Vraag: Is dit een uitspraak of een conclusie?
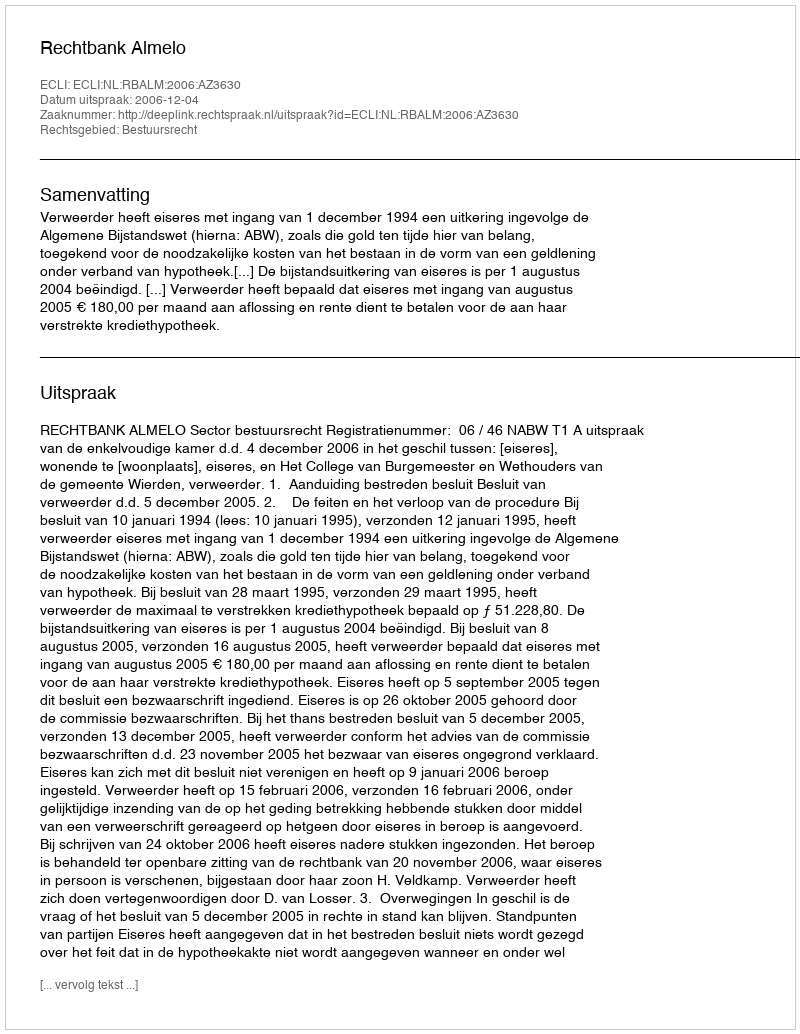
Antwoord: Uitspraak